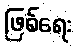
ဖြစ်ရေး